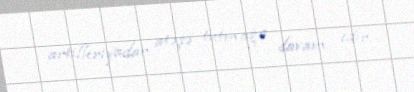
artilleriyadan atəşə tutmağa davam edir.